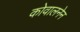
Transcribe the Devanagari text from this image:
कोवालनेन